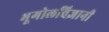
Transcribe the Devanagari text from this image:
भूगोलविज्ञानी